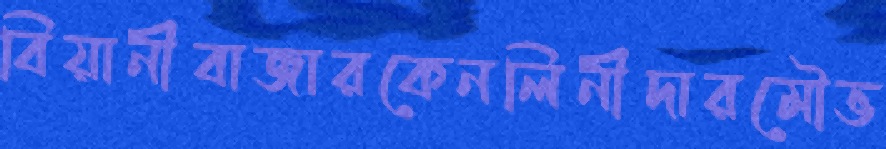
বিয়ানীবাজারকেনলিনীদারমৌভ